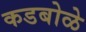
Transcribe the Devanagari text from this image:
कडबोळे